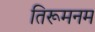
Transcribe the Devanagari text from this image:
तिरूमनम